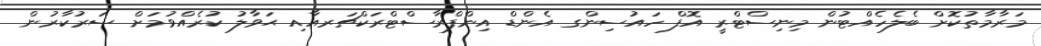
މަރާމާތުކޮށް ބެލެހެއްޓުން މިނިސްޓްރީ އޮފް ހައުސިންގ އެންޑް އިންފްރާސްޓްރަކްޗަރއާއި ޙަވާލު ކުރެއްވުމަށް ސަރުކާރުން